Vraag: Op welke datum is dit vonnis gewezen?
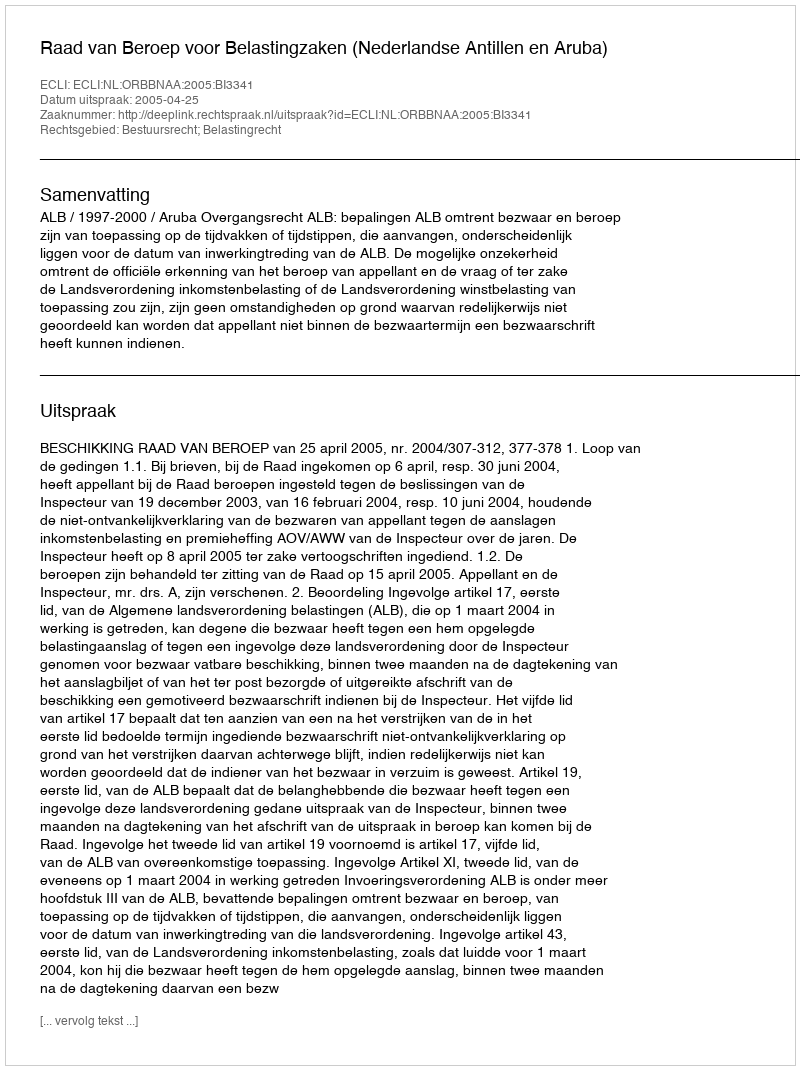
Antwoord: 2005-04-25